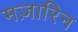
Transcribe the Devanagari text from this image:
मज़ारिन